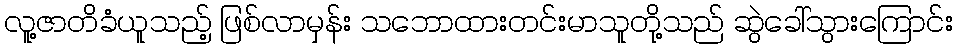
လူ့ဇာတိခံယူသည့် ဖြစ်လာမှန်း သဘောထားတင်းမာသူတို့သည် ဆွဲခေါ်သွားကြောင်း